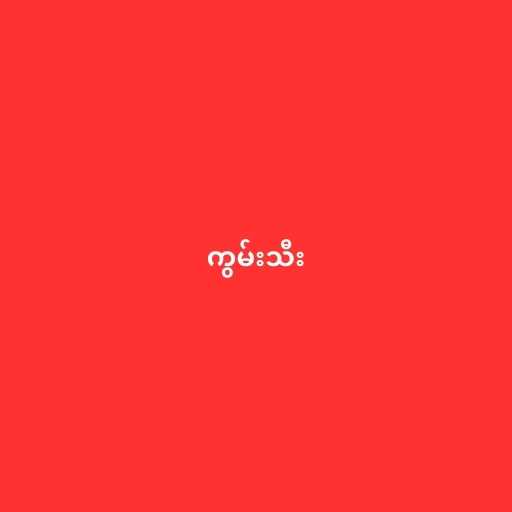
ကွမ်းသီး